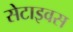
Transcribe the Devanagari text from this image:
सेटाइवस